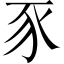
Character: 豕